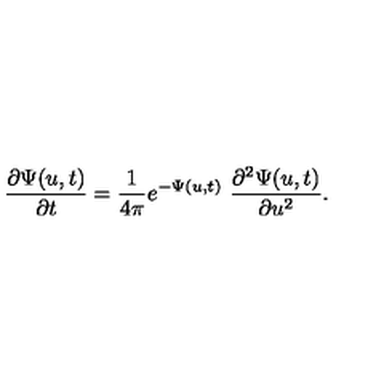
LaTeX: \frac { \partial \Psi ( u , t ) } { \partial t } = \frac { 1 } { 4 \pi } e ^ { - \Psi ( u , t ) } \ \frac { \partial ^ { 2 } \Psi ( u , t ) } { \partial u ^ { 2 } } .